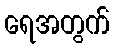
ရေအတွက်